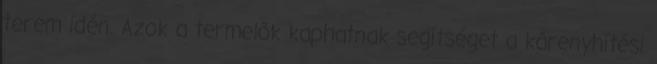
terem idén. Azok a termelők kaphatnak segítséget a kárenyhítési